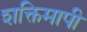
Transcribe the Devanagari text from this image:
शक्तिमापी